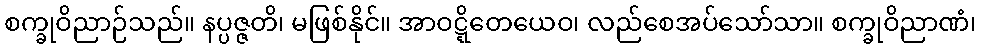
စက္ခုဝိညာဉ်သည်။ နပ္ပဇ္ဇတိ၊ မဖြစ်နိုင်။ အာဝဋ္ဋိတေယေဝ၊ လည်စေအပ်သော်သာ။ စက္ခုဝိညာဏံ၊